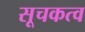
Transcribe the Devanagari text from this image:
सूचकत्व